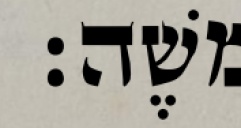
משֶׁה׃